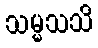
သမ္မသသိ